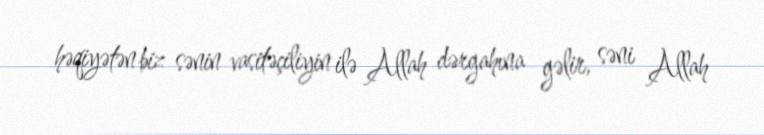
həqiyətən biz sənin vasitəçiliyin ilə Allah dərgahına gəlir, səni Allah